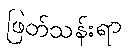
ဖြတ်သန်းရာ